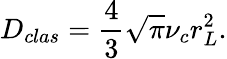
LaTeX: D_{clas}=\frac{4}{3}\sqrt{\pi}\nu_{c}r_{L}^{2}.